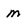
Character: m